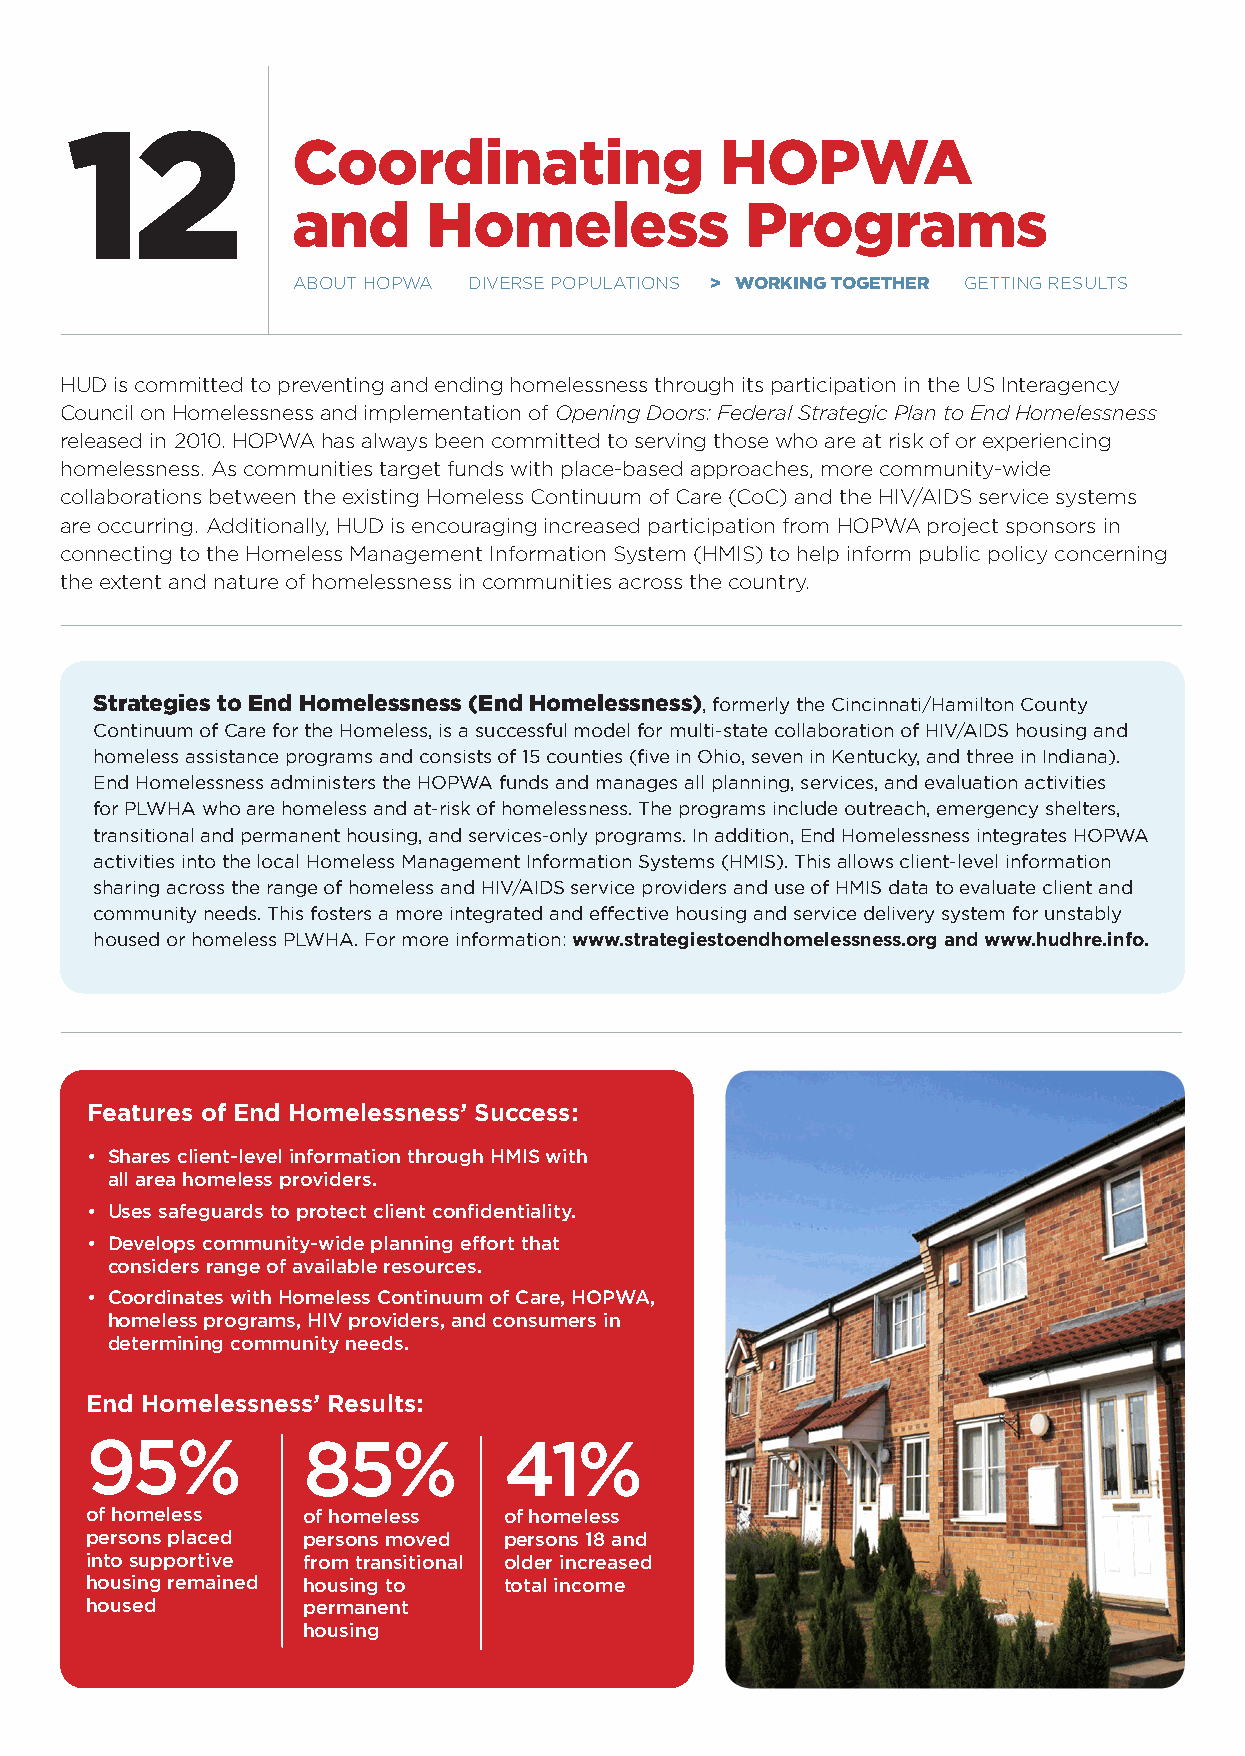
12
 Coordinating                 HOPWA
 and      Homeless             Programs
 aBout Hopwa dIVerse populatIons > WORKINg tOgEtHER gettIng results
 Hud is committed to preventing and ending homelessness through its participation in the us Interagency
 Council on Homelessness and implementation of Opening Doors: Federal Strategic Plan to End Homelessness
 released in 2010. Hopwa has always been committed to serving those who are at risk of or experiencing
 homelessness. as communities target funds with place-based approaches, more community-wide
 collaborations between the existing Homeless Continuum of Care (CoC) and the HIV/aIds service systems
 are occurring. additionally, Hud is encouraging increased participation from Hopwa project sponsors in
 connecting to the Homeless Management Information system (HMIs) to help inform public policy concerning
 the extent and nature of homelessness in communities across the country.
 Strategies to End Homelessness (End Homelessness), formerly the Cincinnati/Hamilton County
 Continuum of Care for the Homeless, is a successful model for multi-state collaboration of HIV/AIDS housing and
 homeless assistance programs and consists of 15 counties (five in Ohio, seven in Kentucky, and three in Indiana).
 End Homelessness administers the HOPWA funds and manages all planning, services, and evaluation activities
 for PLWHA who are homeless and at-risk of homelessness. The programs include outreach, emergency shelters,
 transitional and permanent housing, and services-only programs. In addition, End Homelessness integrates HOPWA
 activities into the local Homeless Management Information Systems (HMIS). This allows client-level information
 sharing across the range of homeless and HIV/AIDS service providers and use of HMIS data to evaluate client and
 community needs. This fosters a more integrated and effective housing and service delivery system for unstably
 housed or homeless PLWHA. For more information: www.strategiestoendhomelessness.org and www.hudhre.info.
 F eatures of End Homelessness’ Success:
 • Shares client-level information through HMIS with
 all area homeless providers.
 • Uses safeguards to protect client confidentiality.
 • Develops community-wide planning effort that
 considers range of available resources.
 • Coordinates with Homeless Continuum of Care, HOPWA,
 homeless programs, HIV providers, and consumers in
 determining community needs.
 End Homelessness’ Results:
 95%           85%          41%
 of homeless   of homeless  of homeless
 persons placed persons moved persons 18 and
 into supportive from transitional older increased
 housing remained housing to total income
 housed        permanent
 housing